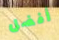
أفضل